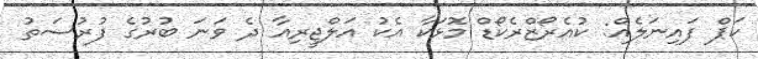
ކަޕް ފައިނަލެއް: ކުއެރޯޒްރެކޯޑް މޮޅަކާ އެކު އަލްޖީރިއާ ދެ ވަނަ ބުރުގެ ފުރުސަތު